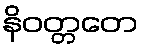
နိဝတ္တတေ